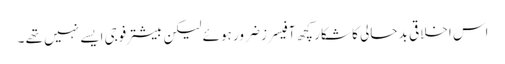
اس اخلاقی بد حالی کا شکار کچھ آفیسرز ضرور ہوئے لیکن بیشتر فوجی ایسے نہیں تھے ۔